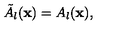
\tilde { A } _ { l } ( { \bf x } ) = A _ { l } ( { \bf x } ) ,